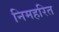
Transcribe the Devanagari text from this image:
निमहरित